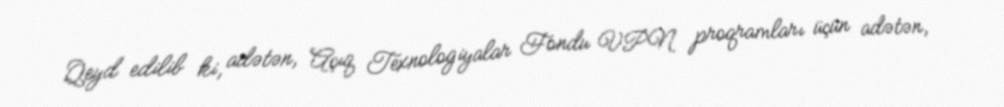
Qeyd edilib ki, adətən, Açıq Texnologiyalar Fondu VPN proqramları üçün adətən,